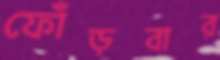
ফোঁড়বার